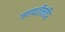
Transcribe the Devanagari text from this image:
गणपतीमंदिर